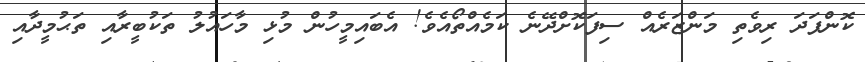
ކޮންފަދަ ރިވެތި މަންޒަރެއް ސިފަކޮށްދޭނެ ކަމެއްތޯއެވެ! އެބައިމީހުން މުޅި މާހައުލު ތަކުބީރާއި ތަޙުމީދާއި